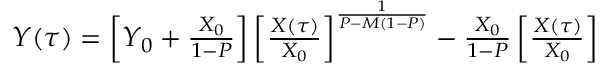
\begin{array} { r } { Y ( \tau ) = \left[ Y _ { 0 } + \frac { X _ { 0 } } { 1 - P } \right] \left[ \frac { X ( \tau ) } { X _ { 0 } } \right] ^ { \frac { 1 } { P - M ( 1 - P ) } } - \frac { X _ { 0 } } { 1 - P } \left[ \frac { X ( \tau ) } { X _ { 0 } } \right] } \end{array}